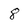
Character: 8